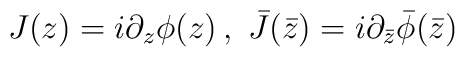
J(z)=i\partial _{z}\phi (z)\, ,\, \, \bar{J}(\bar{z})=i\partial _{\bar{z}}\bar{\phi }(\bar{z})